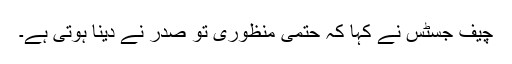
چیف جسٹس نے کہا کہ حتمی منظوری تو صدر نے دینا ہوتی ہے۔